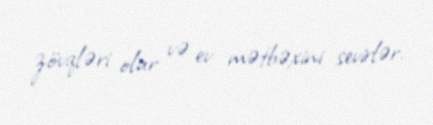
zövqləri olur və ev mətbəxini sevirlər.